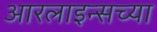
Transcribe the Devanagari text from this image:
आरलाइन्सच्या